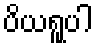
ပိယရူပါ